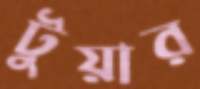
টুয়ার